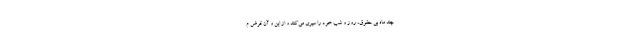
چند ماه بی حقوق، روز و شب خود را سپری می‌کنند و از این و آن قرض م